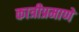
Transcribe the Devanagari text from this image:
कात्रीप्रमाणे